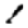
Digit: 1